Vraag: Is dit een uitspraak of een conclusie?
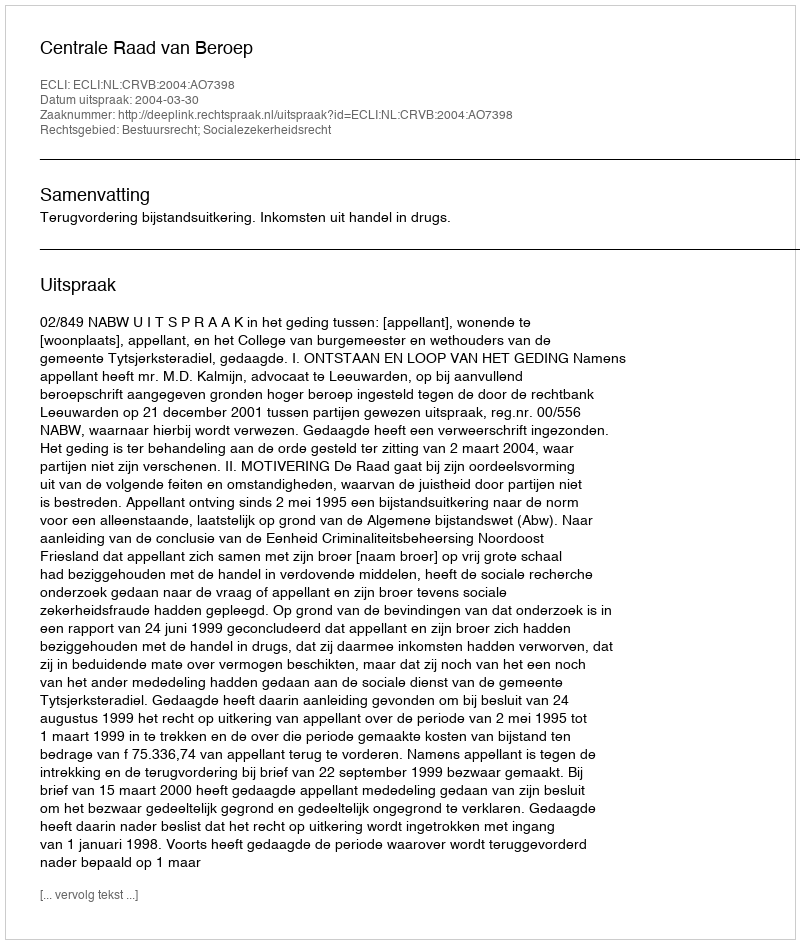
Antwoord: Uitspraak